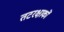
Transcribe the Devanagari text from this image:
तटरक्षाकों